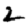
Digit: 2